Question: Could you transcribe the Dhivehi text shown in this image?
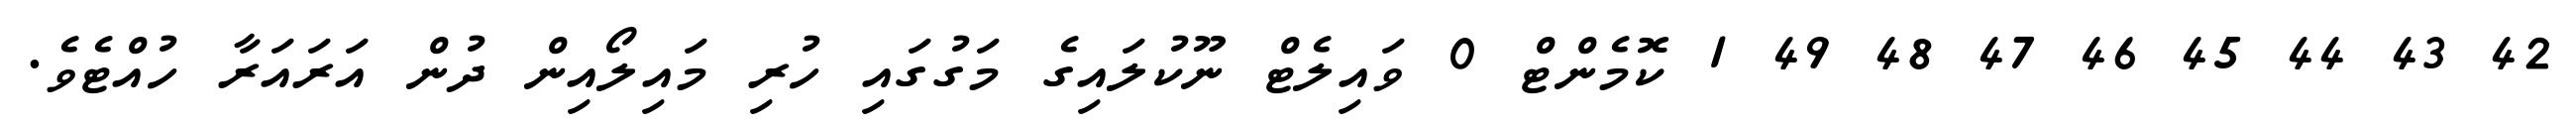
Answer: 42 43 44 45 46 47 48 49 1 ކޮމެންޓް 0 ވައިލެޓް ނޫކުލައިގެ މަގުގައި ހުރި މައިލޯއިން ދުން އަރައަރާ ހުއްޓެވެ.